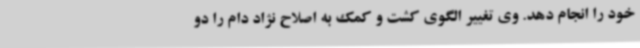
خود را انجام دهد. وی تغییر الگوی کشت و کمک به اصلاح نژاد دام را دو